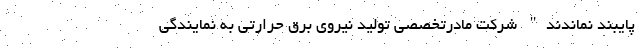
پایبند نماندند" شرکت مادرتخصصی تولید نیروی برق حرارتی به نمایندگی